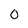
Character: 0